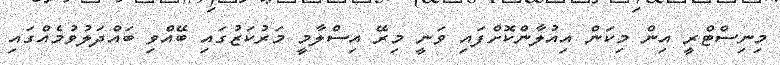
މިނިސްޓްރީ އިން މިކަން އިއުލާންކޮށްފައި ވަނީ މިރޭ އިސްލާމީ މަރުކަޒުގައި ބޭއްވި ބައްދަލުވުމެއްގައި